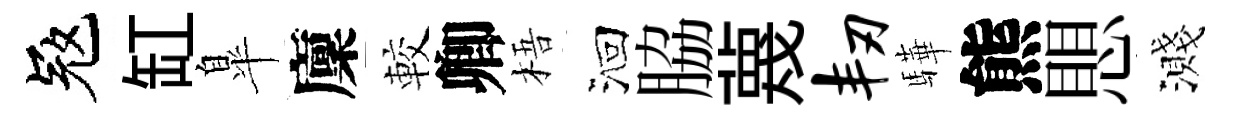
冦缸臯廩較卿梧洄脇蔑韧驊熊愳濺